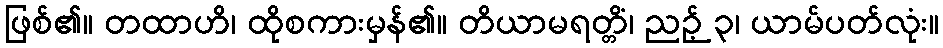
ဖြစ်၏။ တထာဟိ၊ ထိုစကားမှန်၏။ တိယာမရတ္တိံ၊ ညဉ့် ၃၊ ယာမ်ပတ်လုံး။